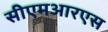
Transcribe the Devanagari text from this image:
सीएमआरएस